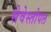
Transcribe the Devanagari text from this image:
सेवेस्तोपल